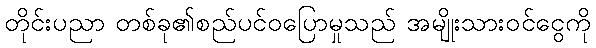
တိုင်းပညာ တစ်ခု၏စည်ပင်ဝပြောမှုသည် အမျိုးသားဝင်ငွေကို